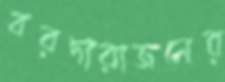
বরদারাজনের